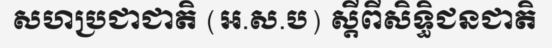
សហប្រជាជាតិ (អ.ស.ប) ស្តីពីសិទ្ធិជនជាតិ